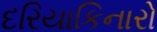
દરિયાકિનારો